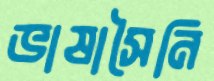
ভাষাসৈনি